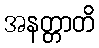
အနတ္တာတိ